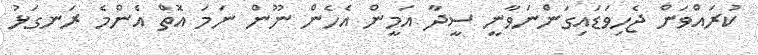
ކުރައްވަން ޖެހިވަޑައިގަންނަވާނީ ސީދާ އަމީން އެހެން ނޫން ނަމަ އޮތް އެންމެ ރަނގަޅު